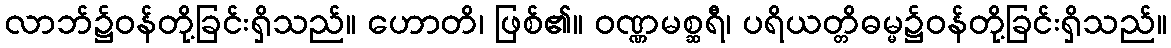
လာဘ်၌ဝန်တို့ခြင်းရှိသည်။ ဟောတိ၊ ဖြစ်၏။ ဝဏ္ဏမစ္ဆရီ၊ ပရိယတ္တိဓမ္မ၌ဝန်တို့ခြင်းရှိသည်။